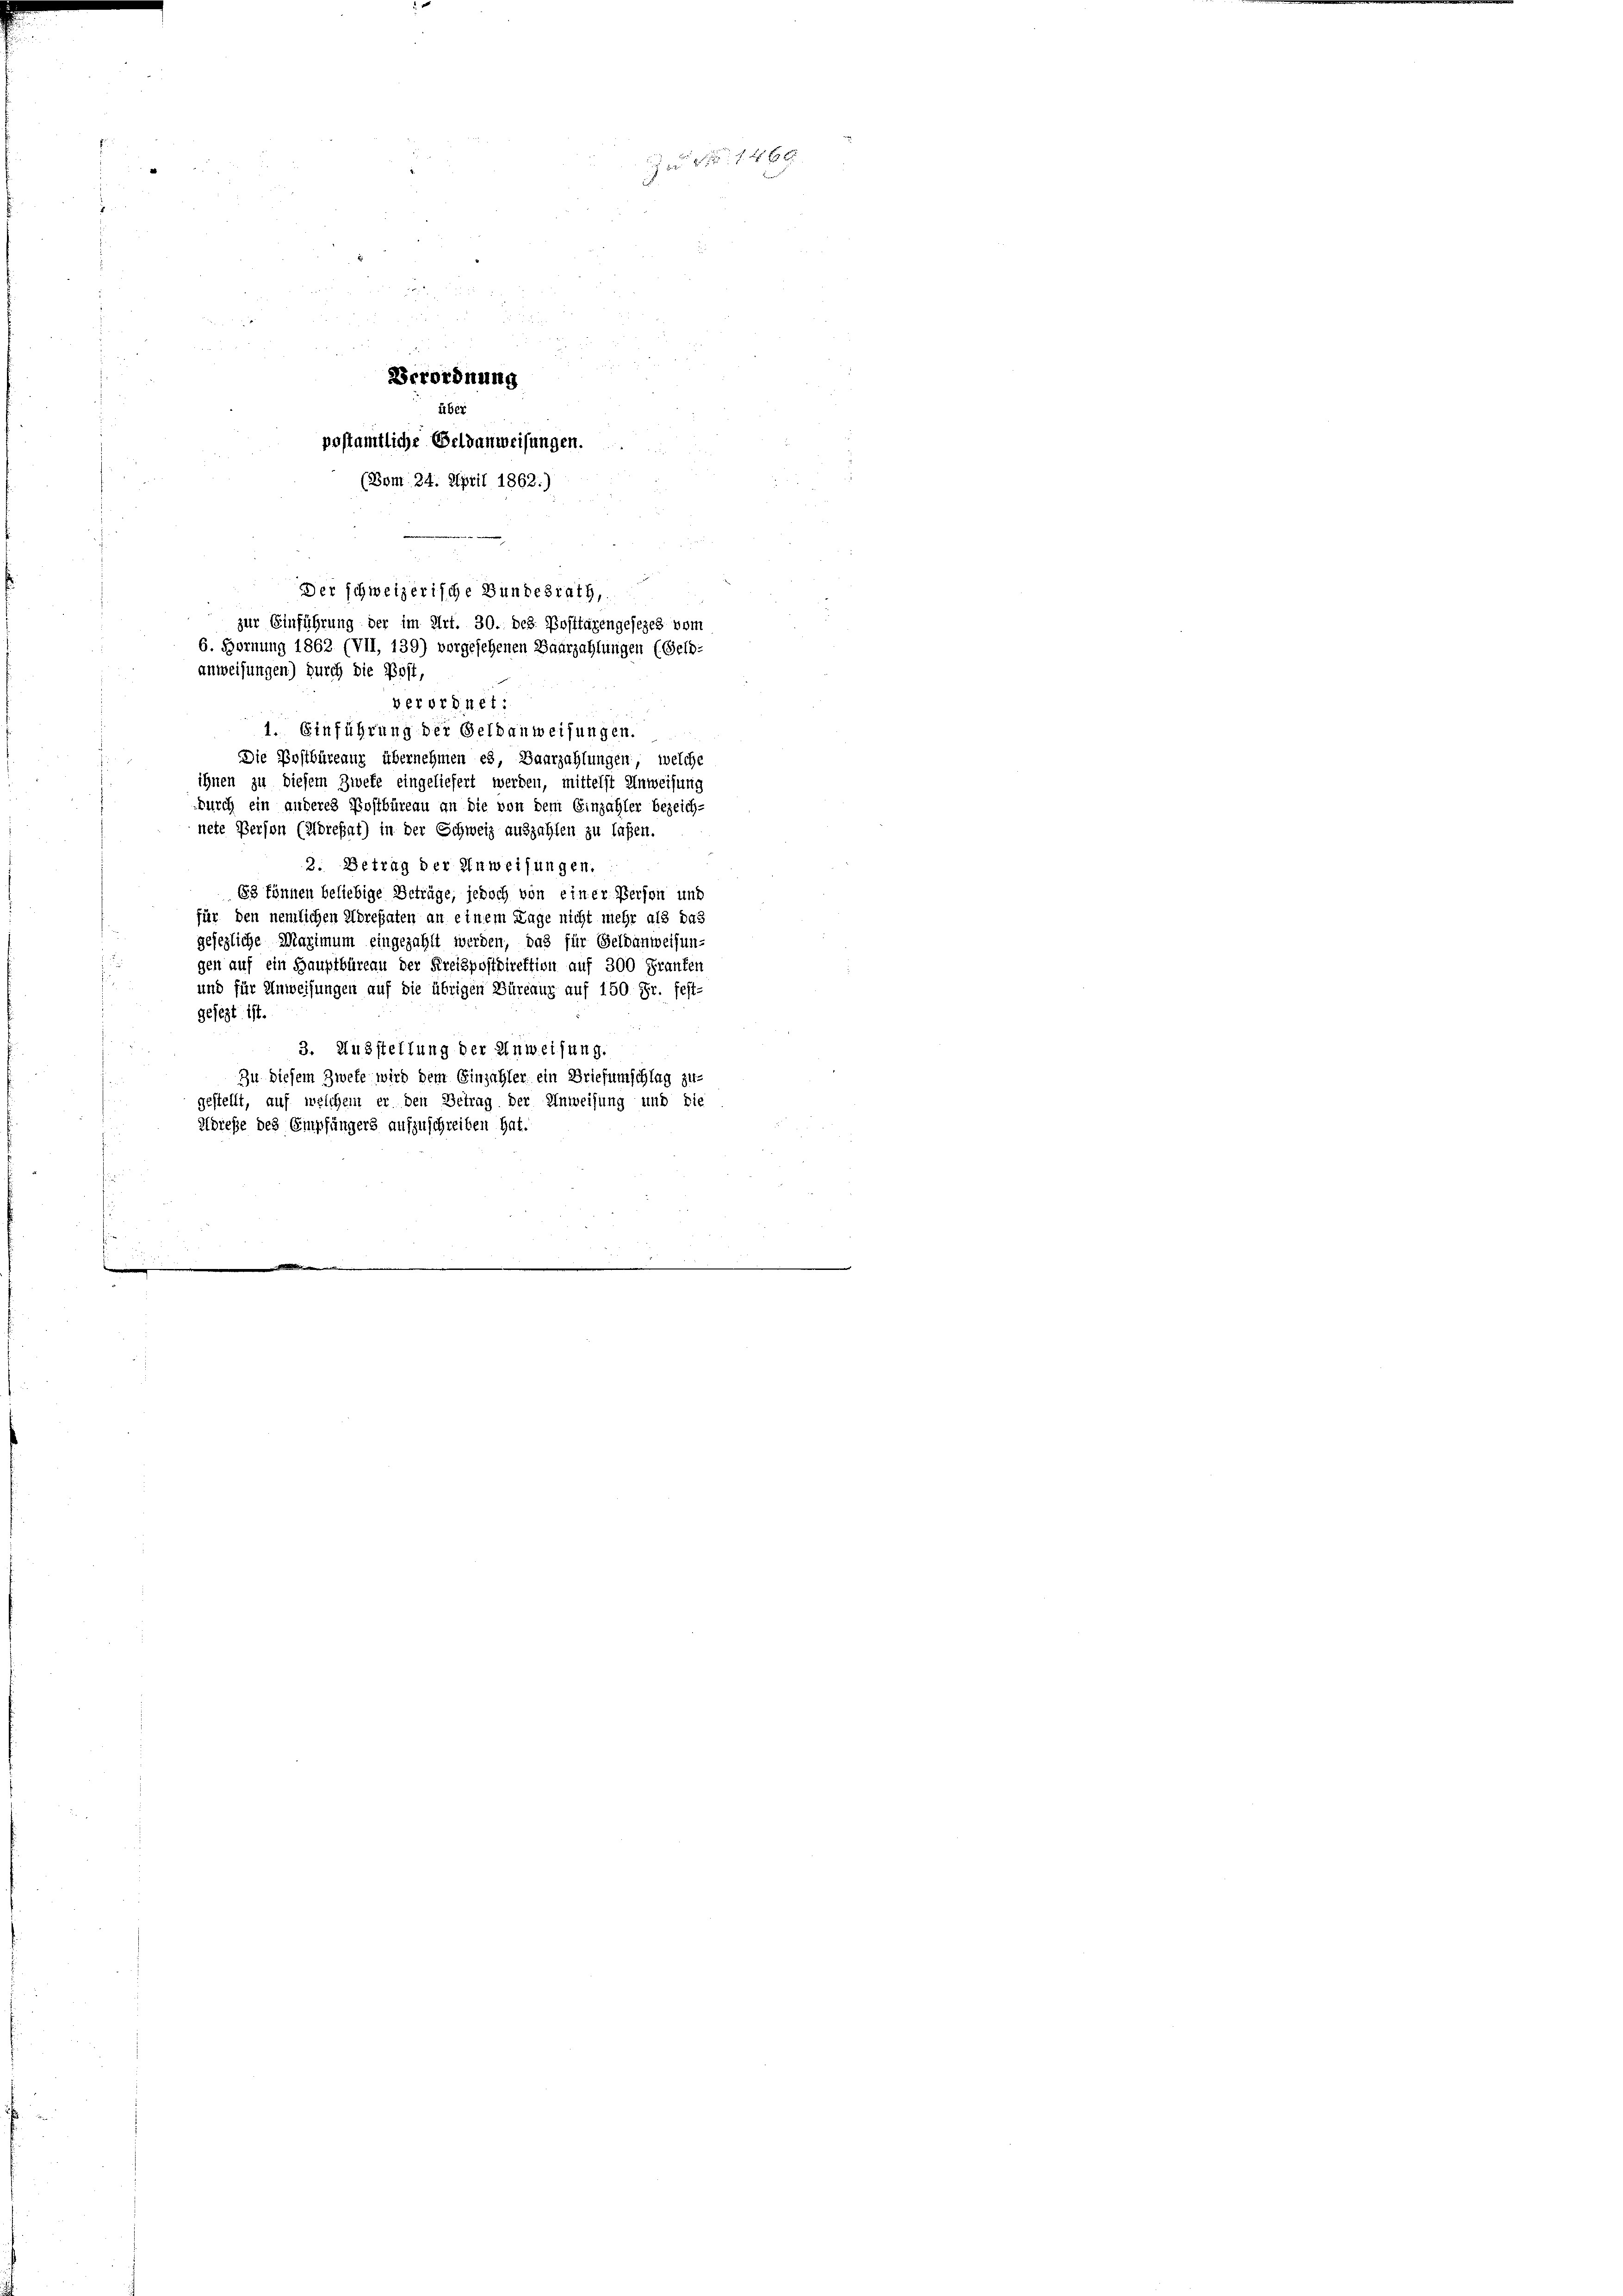
Der schweizerische Bundesrath,
zur Einführung der im Art. 30. des Posttagengesezes vom
6. Hornung 1862 (VII, 139) vorgesehenen Baarzahlungen (Geld:
anweisungen) durch die Post,

Verordnung
über
postamtliche Geldanweisungen.
(Bom. 24. April 1862.)

verordnet:
1. Einführung der Geldanweisungen.
Die Postbüreaur übernehmen es, Baarzahlungen, welche
ihnen zu diesem Zwete eingeliefert werden, mittelst Anweisung
durch ein anderes Postbüreau an die von dem Einzahler bezeich-
nete Person (Mörefat) in der Schweiz auszahlen zu laßen.
2. Betrag der Anweisungen.
63 können beliebige Beträge, jedoch von einer Person und
für den nemlichen Morepaten an einem Lage nicht mehr als das
gesezliche Maximum eingezahlt werden, das für Geldanweisun-
gen auf ein Hauptbüreau der Kreispostdirektion auf 300 Franken
und für Anweisungen auf die übrigen Büreaux auf 150. Fr. fest-
gesezt ist.
3. Ausstellung der Anweisung.
Zu diesem Zwete wird dem Einzahler ein Briefumschlag zu-
gestellt, auf welchem er den Betrag der Anweisung und die
Adresse des Empfängers aufzuschreiben hat.

14 x